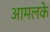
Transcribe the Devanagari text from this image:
आमलके